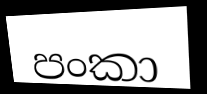
පංකා